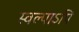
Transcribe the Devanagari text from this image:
स्वल्पाऽपि